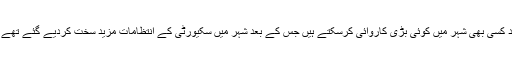
خیال رہے کہ دو ہفتے پہلے پشاور پولیس کو اطلاع ملی تھی کہ شدت پسند کسی بھی شہر میں کوئی بڑی کاروائی کرسکتے ہیں جس کے بعد شہر میں سکیورٹی کے انتظامات مزید سخت کردیے گئے تھے اور مختلف مقامات پر ناکوں اور چیک پوسٹوں میں بھی اضافہ کیا گیا تھا۔